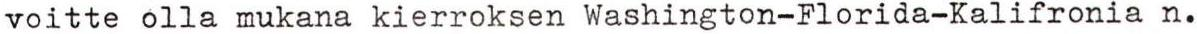
voitte olla mukana kierroksen Washington-Florida-Kalifronia n.